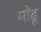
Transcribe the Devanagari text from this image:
मोढू